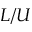
L / U